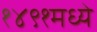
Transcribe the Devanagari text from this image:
१४९१मध्ये